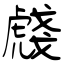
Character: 虥